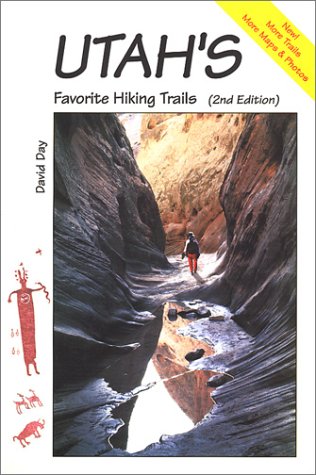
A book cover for Utah's Favorite Hiking Trails; David Day; Travel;